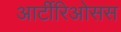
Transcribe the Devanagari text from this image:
आर्टीरिओसस